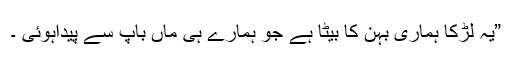
”یہ لڑکا ہماری بہن کا بیٹا ہے جو ہمارے ہی ماں باپ سے پیداہوئی ۔